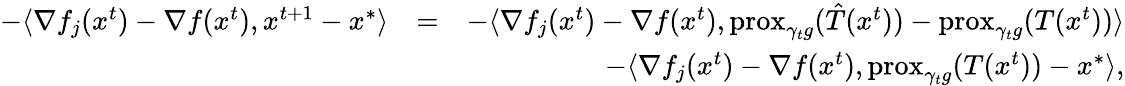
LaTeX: \begin{array}{rlr}{-\langle\nabla f_{j}(x^{t})-\nabla f(x^{t}),x^{t+1}-x^{*}\rangle}&{=}&{-\langle\nabla f_{j}(x^{t})-\nabla f(x^{t}),\mathrm{prox}_{\gamma_{t}g}(\hat{T}(x^{t}))-\mathrm{prox}_{\gamma_{t}g}(T(x^{t}))\rangle}\\ &{}&{-\langle\nabla f_{j}(x^{t})-\nabla f(x^{t}),\mathrm{prox}_{\gamma_{t}g}(T(x^{t}))-x^{*}\rangle,}\end{array}